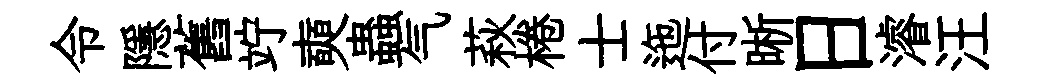
令隱舊竚奭蟲气萩棬士迤付晰日濬汪